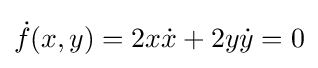
{\dot {f}}(x,y)=2x{\dot {x}}+2y{\dot {y}}=0